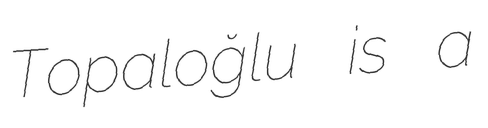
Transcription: Topaloğlu is a